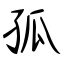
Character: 孤